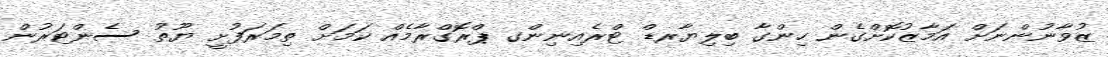
ޒުވާނުންނަށް އަމާޒުކޮށްގެން ހިންގާ ބިލިޔާރޑް ޓްރެއިނިންގ ޕްރޮގްރާމެއް ކަމަށް ތިމަރަފުށީ ޔޫތު ސެންޓަރުން